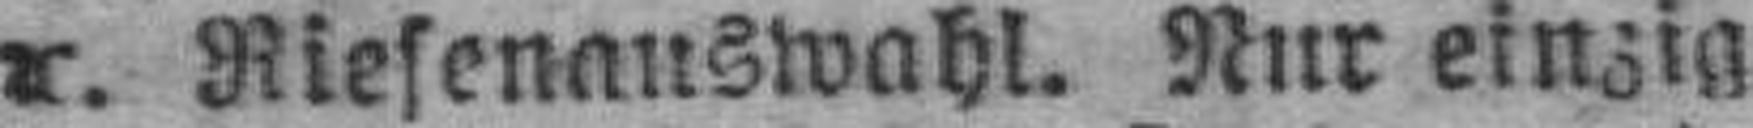
2c. Riesenauswahl. Nur einzig